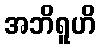
အဘိရူဟိ